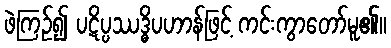
ဖဲကြဉ်၍ ပဋိပ္ပဿဒ္ဓိပဟာန်ဖြင့် ကင်းကွာတော်မူ၏။